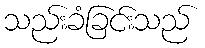
သည်းခံခြင်းသည်